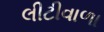
લીટીવાળા